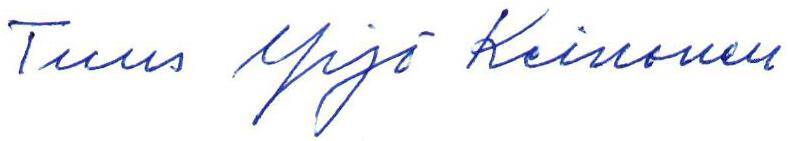
Tuus Yrjö Keinonen